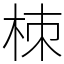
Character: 栜